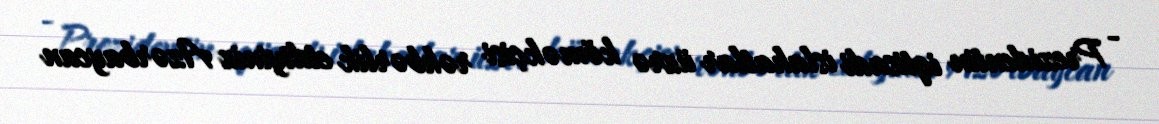
- Prezidentin iqtisadi islahatlar üzrə köməkçisi rəhbərlik etdiyiniz Azərbaycan